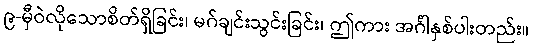
၉-မှီဝဲလိုသောစိတ်ရှိခြင်း၊ မဂ်ချင်းသွင်းခြင်း၊ ဤကား အင်္ဂါနှစ်ပါးတည်း။